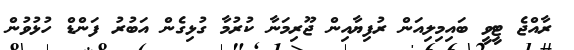
ރާއްޖެ ޓީވީ ބައިމިލިއަން ރުފިޔާއިން ޖޫރިމަނާ ކުރުމާ ގުޅިގެން އަބުރު ފަންޑް ހުޅުވުން